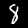
Digit: 8